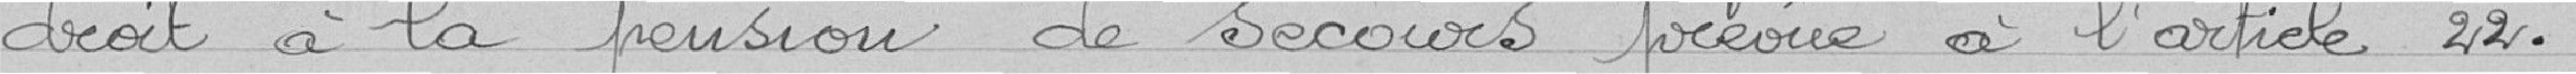
droit à la pension de secours prévue à l'article 22.